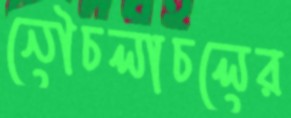
নৌচলাচলের